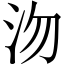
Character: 沕